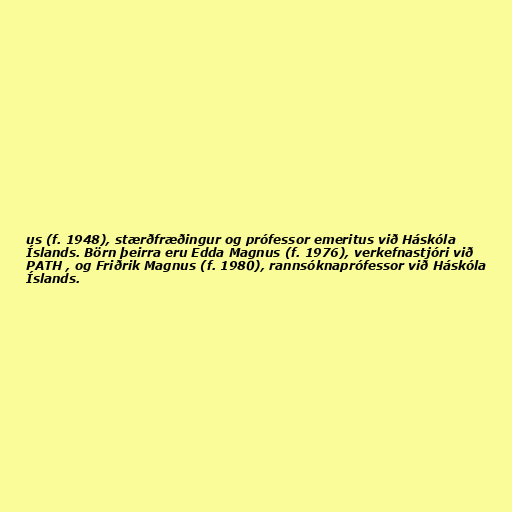
us (f. 1948), stærðfræðingur og prófessor emeritus við Háskóla
Íslands. Börn þeirra eru Edda Magnus (f. 1976), verkefnastjóri við
PATH , og Friðrik Magnus (f. 1980), rannsóknaprófessor við Háskóla
Íslands.